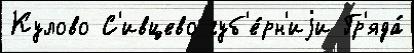
Кулово С'ивцево губ'е́рн'иjи Гр'яда́